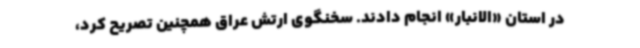
در استان «الانبار» انجام دادند. سخنگوی ارتش عراق همچنین تصریح کرد،